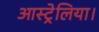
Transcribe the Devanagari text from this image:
आस्ट्रेलिया।